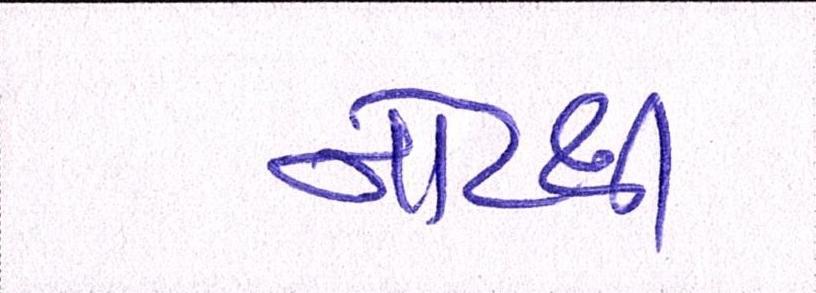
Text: નોટથી